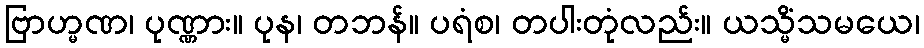
ဗြာဟ္မဏ၊ ပုဏ္ဏား။ ပုန၊ တဘန်။ ပရံစ၊ တပါးတုံလည်း။ ယသ္မိံသမယေ၊